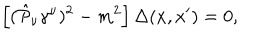
LaTeX: \left[ ( \hat { { \cal P } } _ { \nu } \gamma ^ { \nu } ) ^ { 2 } - m ^ { 2 } \right] \Delta ( x , x ^ { \prime } ) = 0 ,